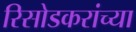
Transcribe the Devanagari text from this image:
रिसोडकरांच्या